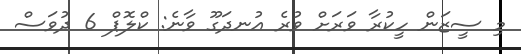
މި ސީޒަން ހީކުރާ ވަރަށް ވުރެ އުނދަގޫ ވާނެ: ކްލޮޕް 6 ދުވަސް